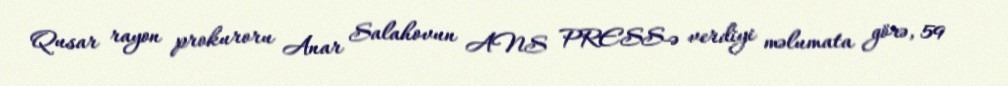
Qusar rayon prokuroru Anar Salahovun ANS PRESS-ə verdiyi məlumata görə, 59